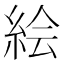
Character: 絵